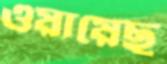
ওয়ায়েছ